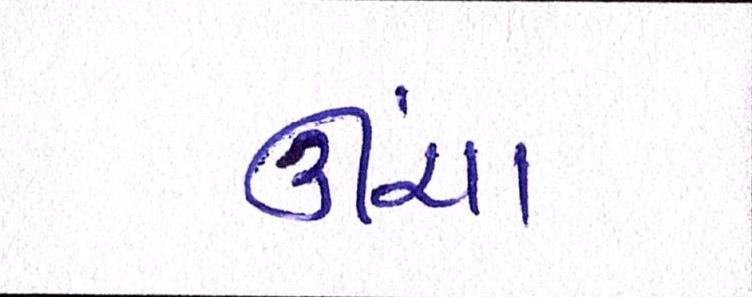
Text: ઊંચા